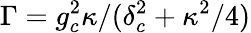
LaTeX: \Gamma=g_{c}^{2}\kappa/(\delta_{c}^{2}+\kappa^{2}/4)